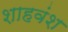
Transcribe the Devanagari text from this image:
शाहवंश